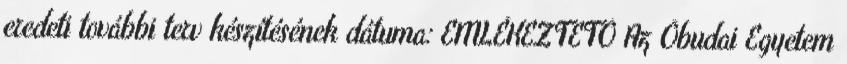
eredeti további terv készítésének dátuma: EMLÉKEZTETŐ Az Óbudai Egyetem